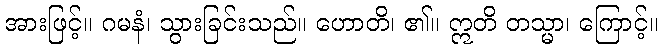
အားဖြင့်။ ဂမနံ၊ သွားခြင်းသည်။ ဟောတိ၊ ၏။ ဣတိ တသ္မာ၊ ကြောင့်။